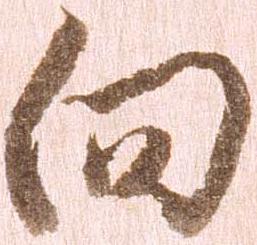
向